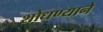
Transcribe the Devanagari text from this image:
शोधण्याने